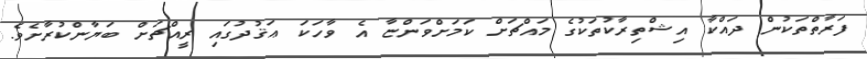
ފަރާތްތަކުން ދައްކާ އިޝްތިރާކުތަކުގެ މައްޗަށް ކަމަށްވަންޏާ އެ ވާހަކަ ޢަޤުދުގައި ރީއްޗަށް ބަޔާންކުރާށެވެ.